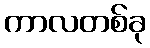
ကာလတစ်ခု